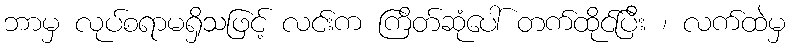
ဘာမှ လုပ်စရာမရှိသဖြင့် လင်းက ကြိတ်ဆုံပေါ် တက်ထိုင်ပြီး ၊ လက်ထဲမှ